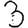
Digit: 3